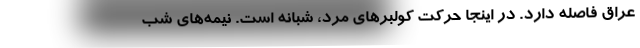
عراق فاصله دارد. در اينجا حركت كولبرهاي مرد، شبانه است. نيمه‌هاي شب